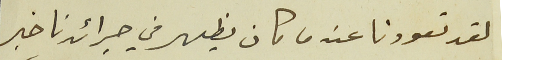
لقد تعودنا عندما كان يظهر في جرائدنا خبر